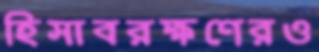
হিসাবরক্ষণেরও